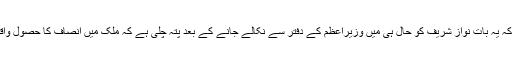
یہ ماننا تقریباً ناممکن ہے کہ یہ بات نواز شریف کو حال ہی میں وزیراعظم کے دفتر سے نکالے جانے کے بعد پتہ چلی ہے کہ ملک میں انصاف کا حصول واقعی بہت مہنگا ہو چکا ہے۔